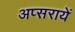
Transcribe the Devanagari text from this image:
अप्सरायें